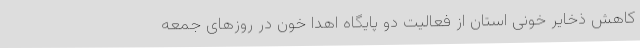
کاهش ذخایر خونی استان از فعالیت دو پایگاه اهدا خون در روزهای جمعه